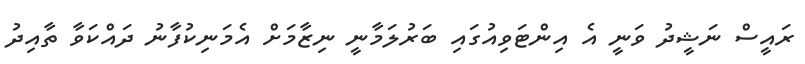
ރައީސް ނަޝީދު ވަނީ އެ އިންޓަވިއުގައި ބަރުލަމާނީ ނިޒާމަށް އެމަނިކުފާނު ދައްކަވާ ތާއިދު